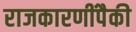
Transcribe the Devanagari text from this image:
राजकारणींपैकी